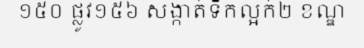
១៥០ ផ្លូវ១៥៦ សង្កាត់ទឹកល្អក់២ ខណ្ឌ